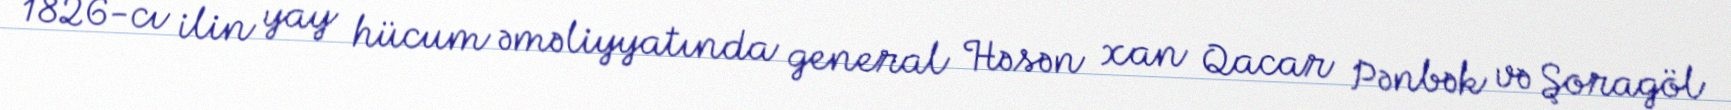
1826-cı ilin yay hücum əməliyyatında general Həsən xan Qacar Pənbək və Şoragöl